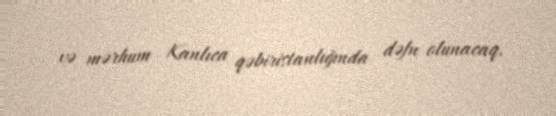
və mərhum Kanlıca qəbiristanlığında dəfn olunacaq.